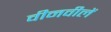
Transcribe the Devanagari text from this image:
वीनवीलें